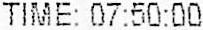
TIME: 07:50:00